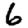
Digit: 6